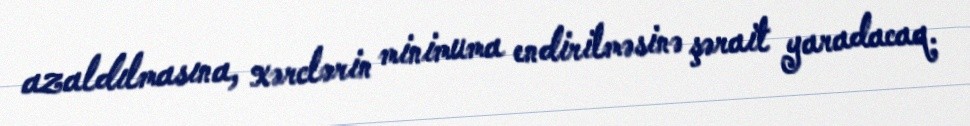
azaldılmasına, xərclərin minimuma endirilməsinə şərait yaradacaq.